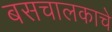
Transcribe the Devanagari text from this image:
बसचालकाचे